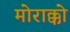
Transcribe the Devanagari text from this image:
मोराक्को